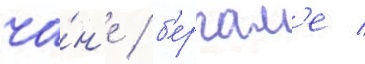
ча́н'е / б'ергам'е /